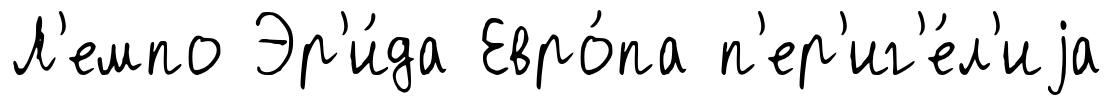
Л'емпо Эр'и́да Евро́па п'ер'иг'е́л'иjа